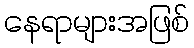
နေရာများအဖြစ်